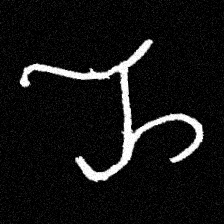
Pyu character \u2014 Myanmar letter: ည (romanized: nya)